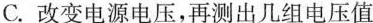
C.改变电源电压，再测出几组电压值